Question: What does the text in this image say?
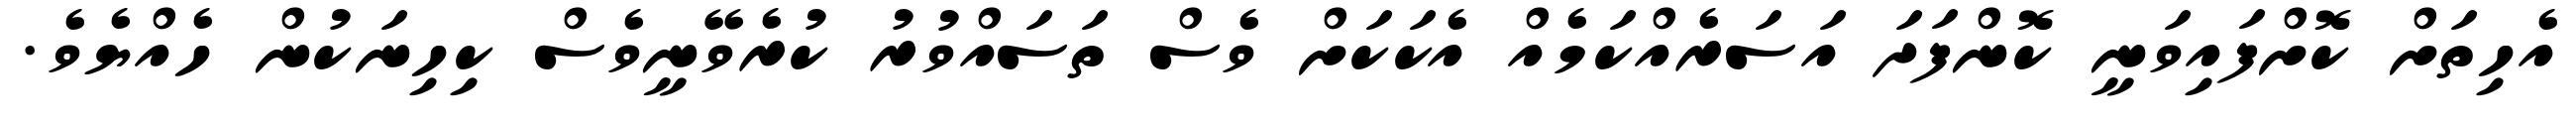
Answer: އެހިތަށް ކޮށްފައިވަނީ ކޮންފަދަ އަސަރެއްކަމެއް އެކަކަށް ވެސް ތަސައްވުރު ކުރެވޭނީވެސް ކިހިނަކުން ހެއްޔެވެ.